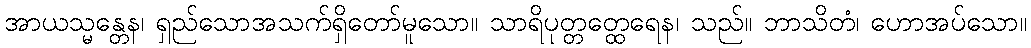
အာယသ္မန္တေန၊ ရှည်သောအသက်ရှိတော်မူသော။ သာရိပုတ္တတ္ထေရေန၊ သည်။ ဘာသိတံ၊ ဟောအပ်သော။